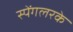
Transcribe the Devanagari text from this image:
स्पेंगलरके